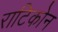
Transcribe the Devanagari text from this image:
राटिकोन